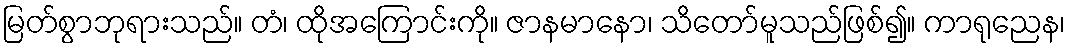
မြတ်စွာဘုရားသည်။ တံ၊ ထိုအကြောင်းကို။ ဇာနမာနော၊ သိတော်မူသည်ဖြစ်၍။ ကာရုညေန၊